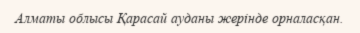
Алматы облысы Қарасай ауданы жерінде орналасқан.